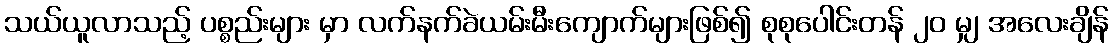
သယ်ယူလာသည့် ပစ္စည်းများ မှာ လက်နက်ခဲယမ်းမီးကျောက်များဖြစ်၍ စုစုပေါင်းတန် ၂၀ မျှ အလေးချိန်